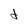
Character: d